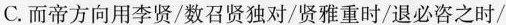
C.而帝方向用李贤/数召贤独对/贤雅重时/退必咨之时/